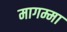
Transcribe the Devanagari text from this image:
मागम्मा